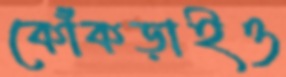
কোঁকড়াইও